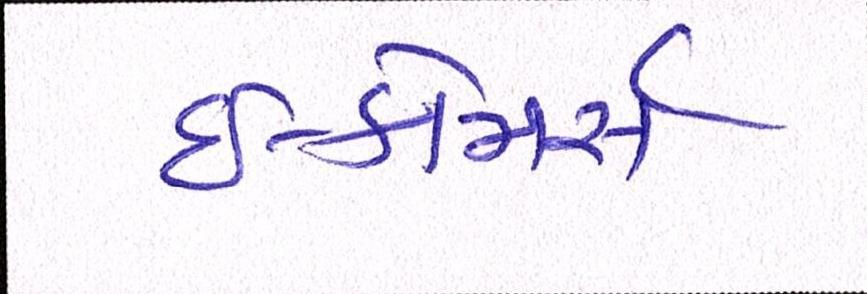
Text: ઇ-કોમસૅ